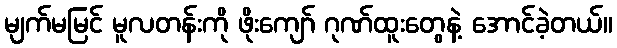
မျက်မမြင် မူလတန်းကို ဖိုးကျော် ဂုဏ်ထူးတွေနဲ့ အောင်ခဲ့တယ်။